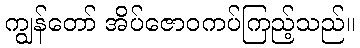
ကျွန်တော် အိပ်ဇောဝကပ်ကြည့်သည်။